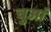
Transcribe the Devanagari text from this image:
चुआं